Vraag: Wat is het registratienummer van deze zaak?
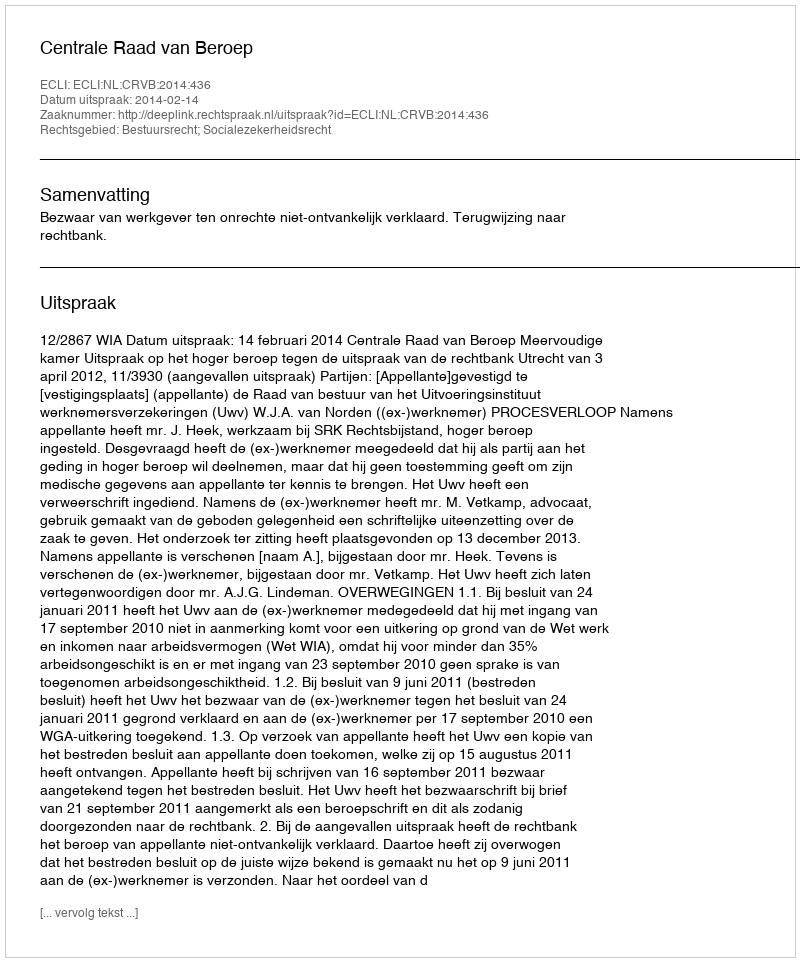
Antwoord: http://deeplink.rechtspraak.nl/uitspraak?id=ECLI:NL:CRVB:2014:436